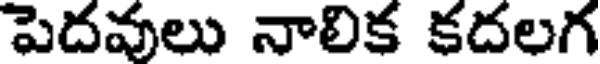
పెదవులు నాలిక కదలగ